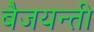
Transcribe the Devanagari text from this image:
बैजयन्‍ती